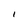
Character: I